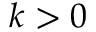
k > 0